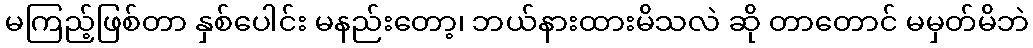
မကြည့်ဖြစ်တာ နှစ်ပေါင်း မနည်းတော့၊ ဘယ်နားထားမိသလဲ ဆို တာတောင် မမှတ်မိဘဲ